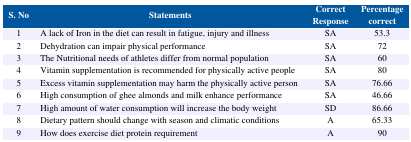
<table><thead><tr><td><b>S. No</b></td><td><b>Statements</b></td><td><b>Correct Response</b></td><td><b>Percentage correct</b></td></tr></thead><tbody><tr><td>1</td><td>A lack of Iron in the diet can result in fatigue, injury and illness</td><td>SA</td><td>53.3</td></tr><tr><td>2</td><td>Dehydration can impair physical performance</td><td>SA</td><td>72</td></tr><tr><td>3</td><td>The Nutritional needs of athletes differ from normal population</td><td>SA</td><td>60</td></tr><tr><td>4</td><td>Vitamin supplementation is recommended for physically active people</td><td>SA</td><td>80</td></tr><tr><td>5</td><td>Excess vitamin supplementation may harm the physically active person</td><td>SA</td><td>76.66</td></tr><tr><td>6</td><td>High consumption of ghee almonds and milk enhance performance</td><td>SA</td><td>46.66</td></tr><tr><td>7</td><td>High amount of water consumption will increase the body weight</td><td>SD</td><td>86.66</td></tr><tr><td>8</td><td>Dietary pattern should change with season and climatic conditions</td><td>A</td><td>65.33</td></tr><tr><td>9</td><td>How does exercise diet protein requirement</td><td>A</td><td>90</td></tr></tbody></table>